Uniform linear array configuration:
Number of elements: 32
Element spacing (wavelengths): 0.5
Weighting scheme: blackman
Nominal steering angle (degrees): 30
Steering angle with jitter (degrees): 30.749
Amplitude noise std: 0.05
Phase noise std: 0.05

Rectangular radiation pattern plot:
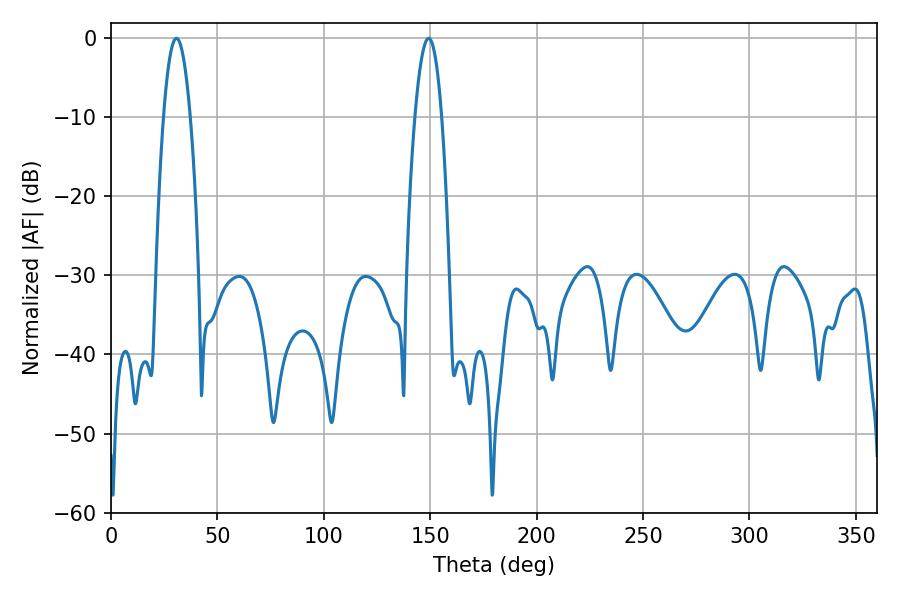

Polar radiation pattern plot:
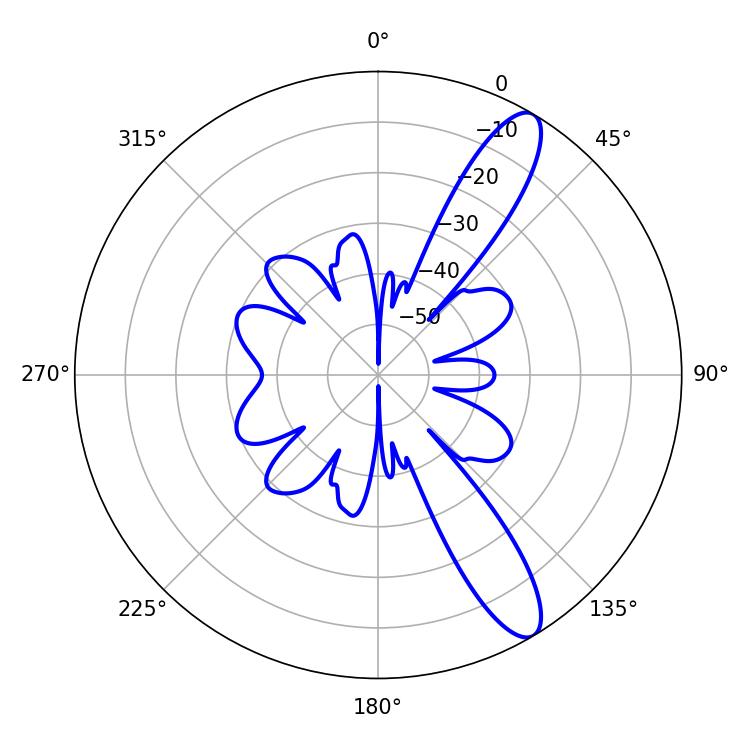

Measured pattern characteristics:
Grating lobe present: FALSE
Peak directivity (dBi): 11.78
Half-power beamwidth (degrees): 6.84
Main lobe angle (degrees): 30.78